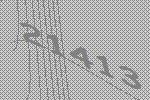
21413